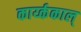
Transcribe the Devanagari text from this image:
कार्य्ककाल्